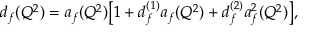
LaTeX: d _ { f } ( Q ^ { 2 } ) = a _ { f } ( Q ^ { 2 } ) \bigl [ 1 + d _ { f } ^ { ( 1 ) } a _ { f } ( Q ^ { 2 } ) + d _ { f } ^ { ( 2 ) } a _ { f } ^ { 2 } ( Q ^ { 2 } ) \bigr ] ,